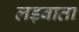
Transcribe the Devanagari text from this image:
लड़वाता